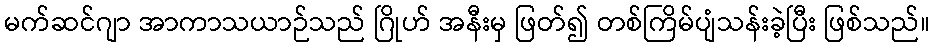
မက်ဆင်ဂျာ အာကာသယာဉ်သည် ဂြိုဟ် အနီးမှ ဖြတ်၍ တစ်ကြိမ်ပျံသန်းခဲ့ပြီး ဖြစ်သည်။